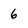
Character: 6